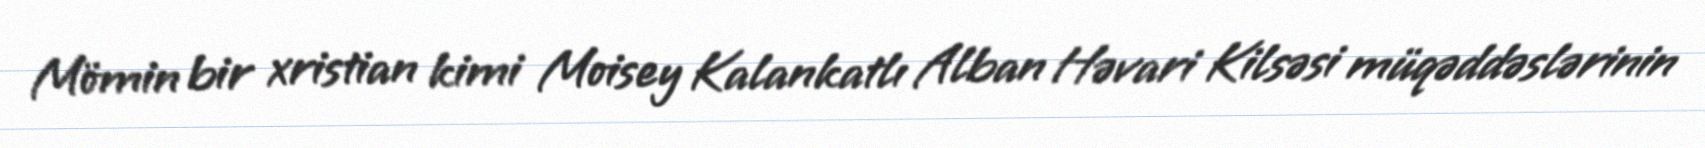
Mömin bir xristian kimi Moisey Kalankatlı Alban Həvari Kilsəsi müqəddəslərinin